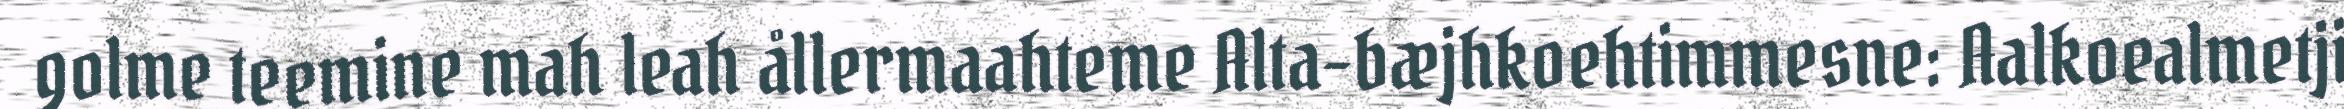
golme teemine mah leah ållermaahteme Alta-bæjhkoehtimmesne: Aalkoealmetji